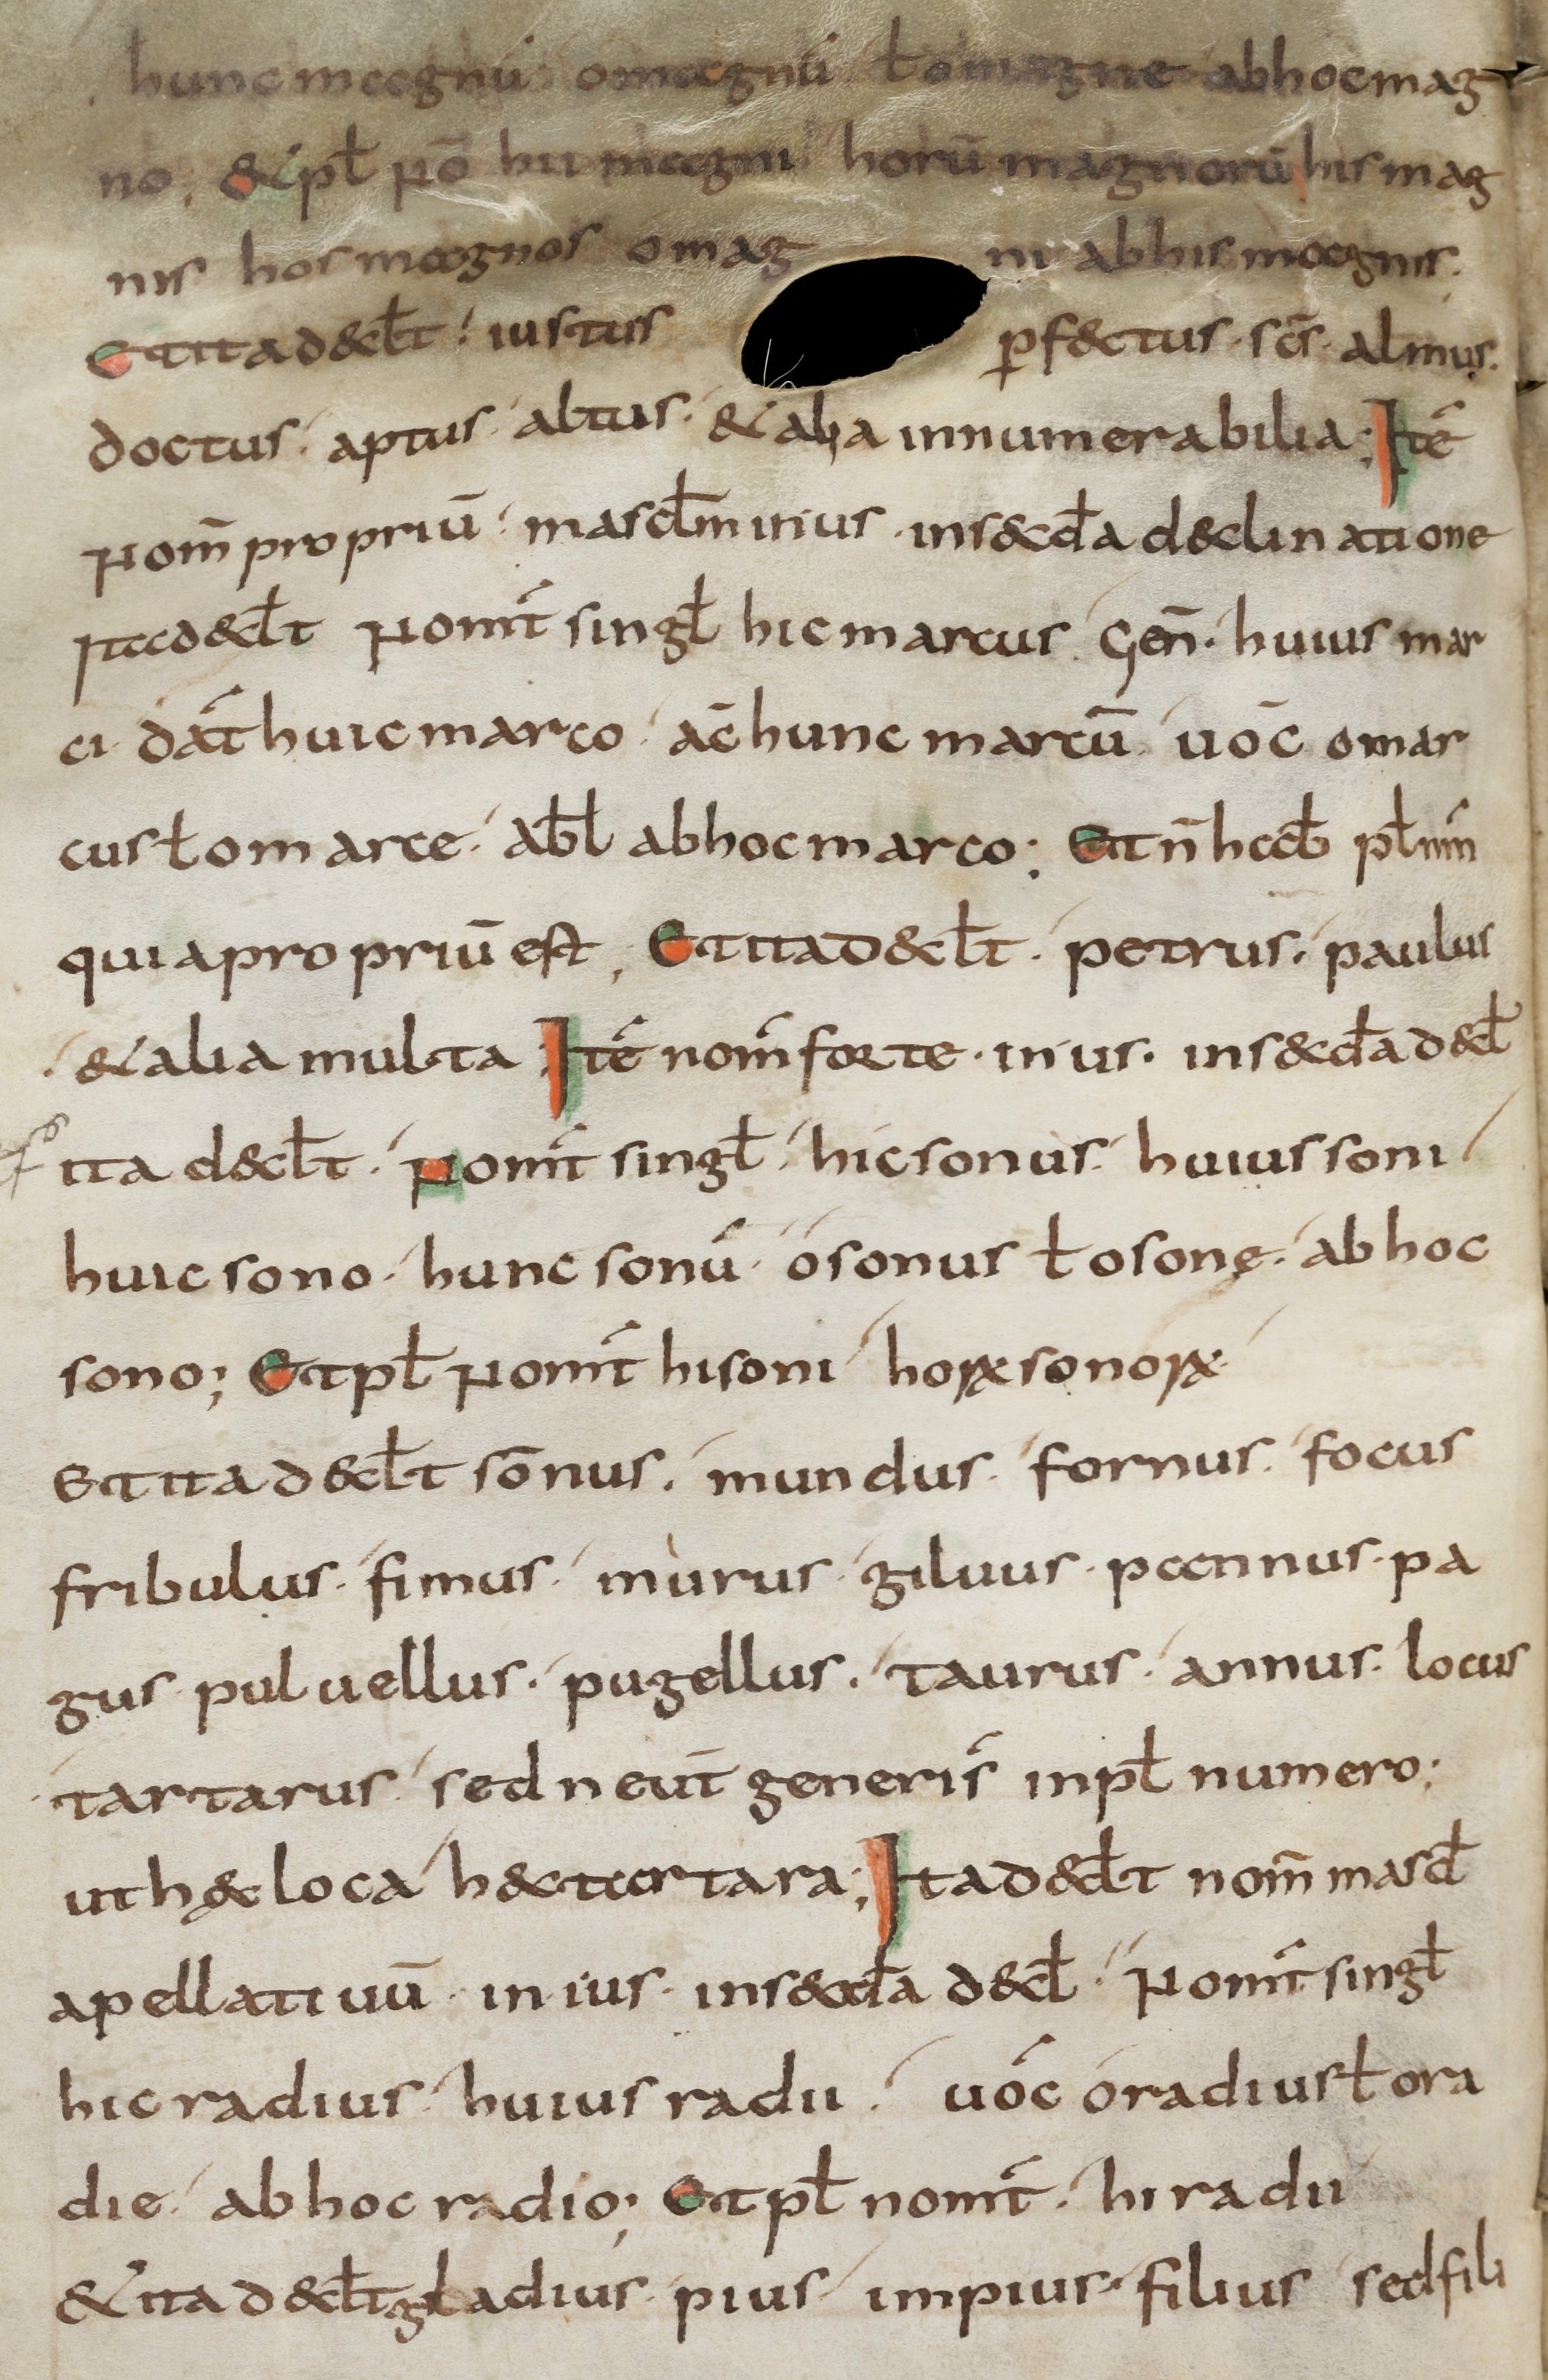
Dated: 800–899